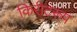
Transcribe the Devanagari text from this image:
किरीटरूप